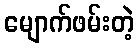
မျောက်ဖမ်းတဲ့